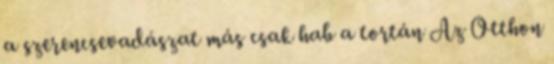
a szerencsevadászat más csak hab a tortán Az Otthon